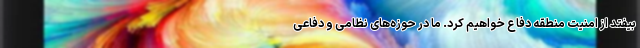
بیفتد از امنیت منطقه دفاع خواهیم کرد. ما در حوزه‌های نظامی و دفاعی